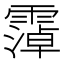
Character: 𫕭